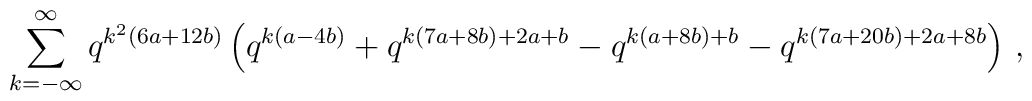
\sum_{k=-\infty }^{\infty} q^{k^{2}(6a+12b)} \left(q^{k(a-4b)} + q^{k(7a+8b)+2a+b} - q^{k(a+8b)+b}-q^{k(7a+20b)+2a+8b}\right) \, ,